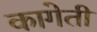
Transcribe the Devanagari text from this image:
कागेती